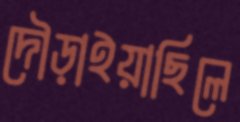
দৌড়াইয়াছিলে